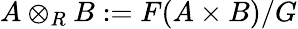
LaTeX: A\otimes_{R}B:=F(A\times B)/G